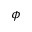
\phi